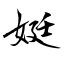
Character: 娗